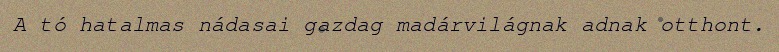
A tó hatalmas nádasai gazdag madárvilágnak adnak otthont.